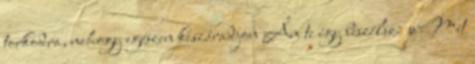
torkodra, nehogy egészen kiszáradjon Ám te így beszélsz: »Mit